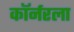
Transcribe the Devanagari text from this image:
काॅर्नरला